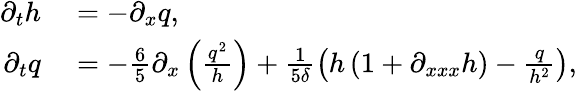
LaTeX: \begin{array}{rl}{\partial_{t}h}&{{}=-\partial_{x}q,}\\ {\partial_{t}q}&{{}=-\frac{6}{5}\partial_{x}\left(\frac{q^{2}}{h}\right)+\frac{1}{5\delta}\left(h\left(1+\partial_{xxx}h\right)-\frac{q}{h^{2}}\right),}\end{array}